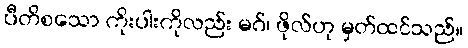
ပီတိစသော ကိုးပါးကိုလည်း မဂ်၊ ဖိုလ်ဟု မှတ်ထင်သည်။